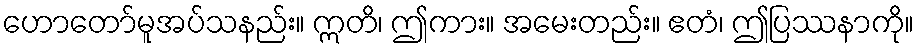
ဟောတော်မူအပ်သနည်း။ ဣတိ၊ ဤကား။ အမေးတည်း။ ဧတံ၊ ဤပြဿနာကို။